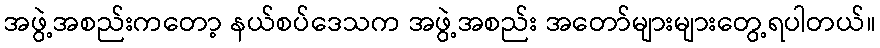
အဖွဲ့အစည်းကတော့ နယ်စပ်ဒေသက အဖွဲ့အစည်း အတော်များများတွေ့ရပါတယ်။